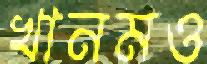
খানমও